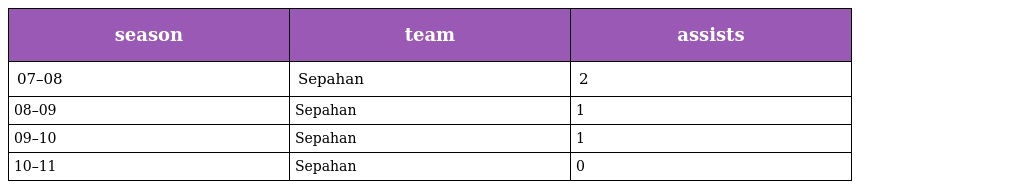
| season | team | assists |
 | --- | --- | --- |
 | 07–08 | Sepahan | 2 |
 | 08–09 | Sepahan | 1 |
 | 09–10 | Sepahan | 1 |
 | 10–11 | Sepahan | 0 |